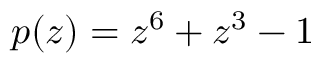
p ( z ) = z ^ { 6 } + z ^ { 3 } - 1